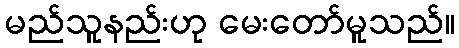
မည်သူနည်းဟု မေးတော်မူသည်။